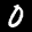
Label: 0